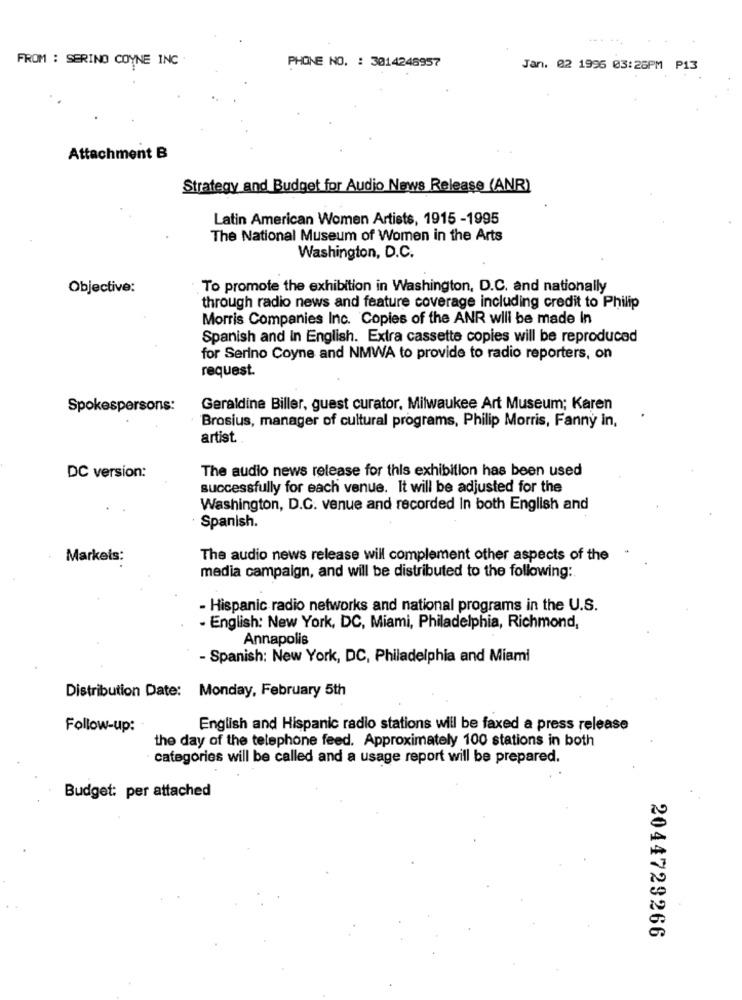
......
FROM : SERING COYNE INC
PHONE NO. : 3014246957
Jan. 02 1996 03:26PM P13
Attachment B
Strategy and Budget for Audio News Release (ANR)
Latin American Women Artists, 1915 -1995
The National Museum of Women in the Arts
Washington, D.C.
Objective:
To promote the exhibition in Washington, D.C. and nationally
through radio news and feature coverage including credit to Philip
Morris Companies Inc. Copies of the ANR wili be made In
Spanish and In English. Extra cassette copies will be reproduced
for Serino Coyne and NMWA to provide to radio reporters, on
request.
Spokespersons:
Geraldine Biller, guest curator, Milwaukee Art Museum; Karen
Brosius, manager of cultural programs, Philip Morris, Fanny in,
artist.
The audio news release for this exhibition has been used
DC version:
successfully for each venue. It will be adjusted for the
Washington, D.C. venue and recorded In both English and
Spanish.
Markets:
The audio news release will complement other aspects of the
media campaign, and will be distributed to the following:
- Hispanic radio networks and national programs in the U.S.
- English: New York, DC, Miami, Philadelphia, Richmond,
Annapolis
- Spanish: New York, DC, Philadelphia and Miami
Distribution Date: Monday, February 5th
Follow-up:
English and Hispanic radio stations will be faxed a press release
the day of the telephone feed. Approximately 100 stations in both
categories will be called and a usage report will be prepared.
Budget: per attached
2044729266